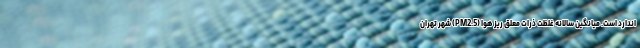
اندارد است. میانگین سالانه غلظت ذرات معلق ریز هوا (PM2.5) شهر تهران